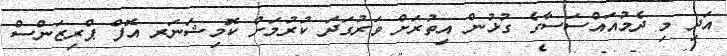
އަދި މި ދެމުއައްސަސާގެ ގުޅުން އިތުރަށް ވަރުގަދަ ކުރުމަށް ކޮމިޝަނަރ އޮފް ޕްރިޒަންސް